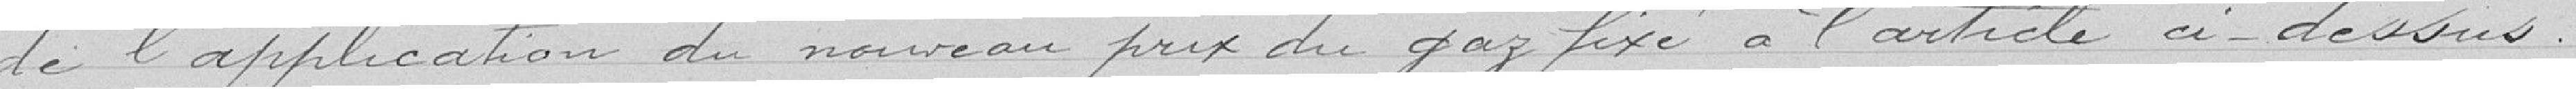
de l'application du nouveau prix du gaz fixé à l'article ci-dessus.